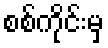
စစ်ကိုင်းမှ